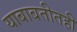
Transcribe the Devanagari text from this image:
याबाबतीतही